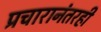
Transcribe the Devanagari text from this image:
प्रचारानंतरही